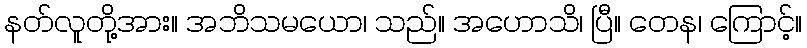
နတ်လူတို့အား။ အဘိသမယော၊ သည်။ အဟောသိ၊ ပြီ။ တေန၊ ကြောင့်။